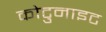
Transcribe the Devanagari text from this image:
कोटुनाइट